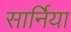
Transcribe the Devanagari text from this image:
सार्निया